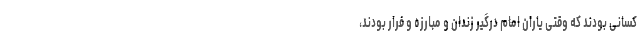
کسانی بودند که وقتی یاران امام درگیر زندان و مبارزه و فرار بودند،